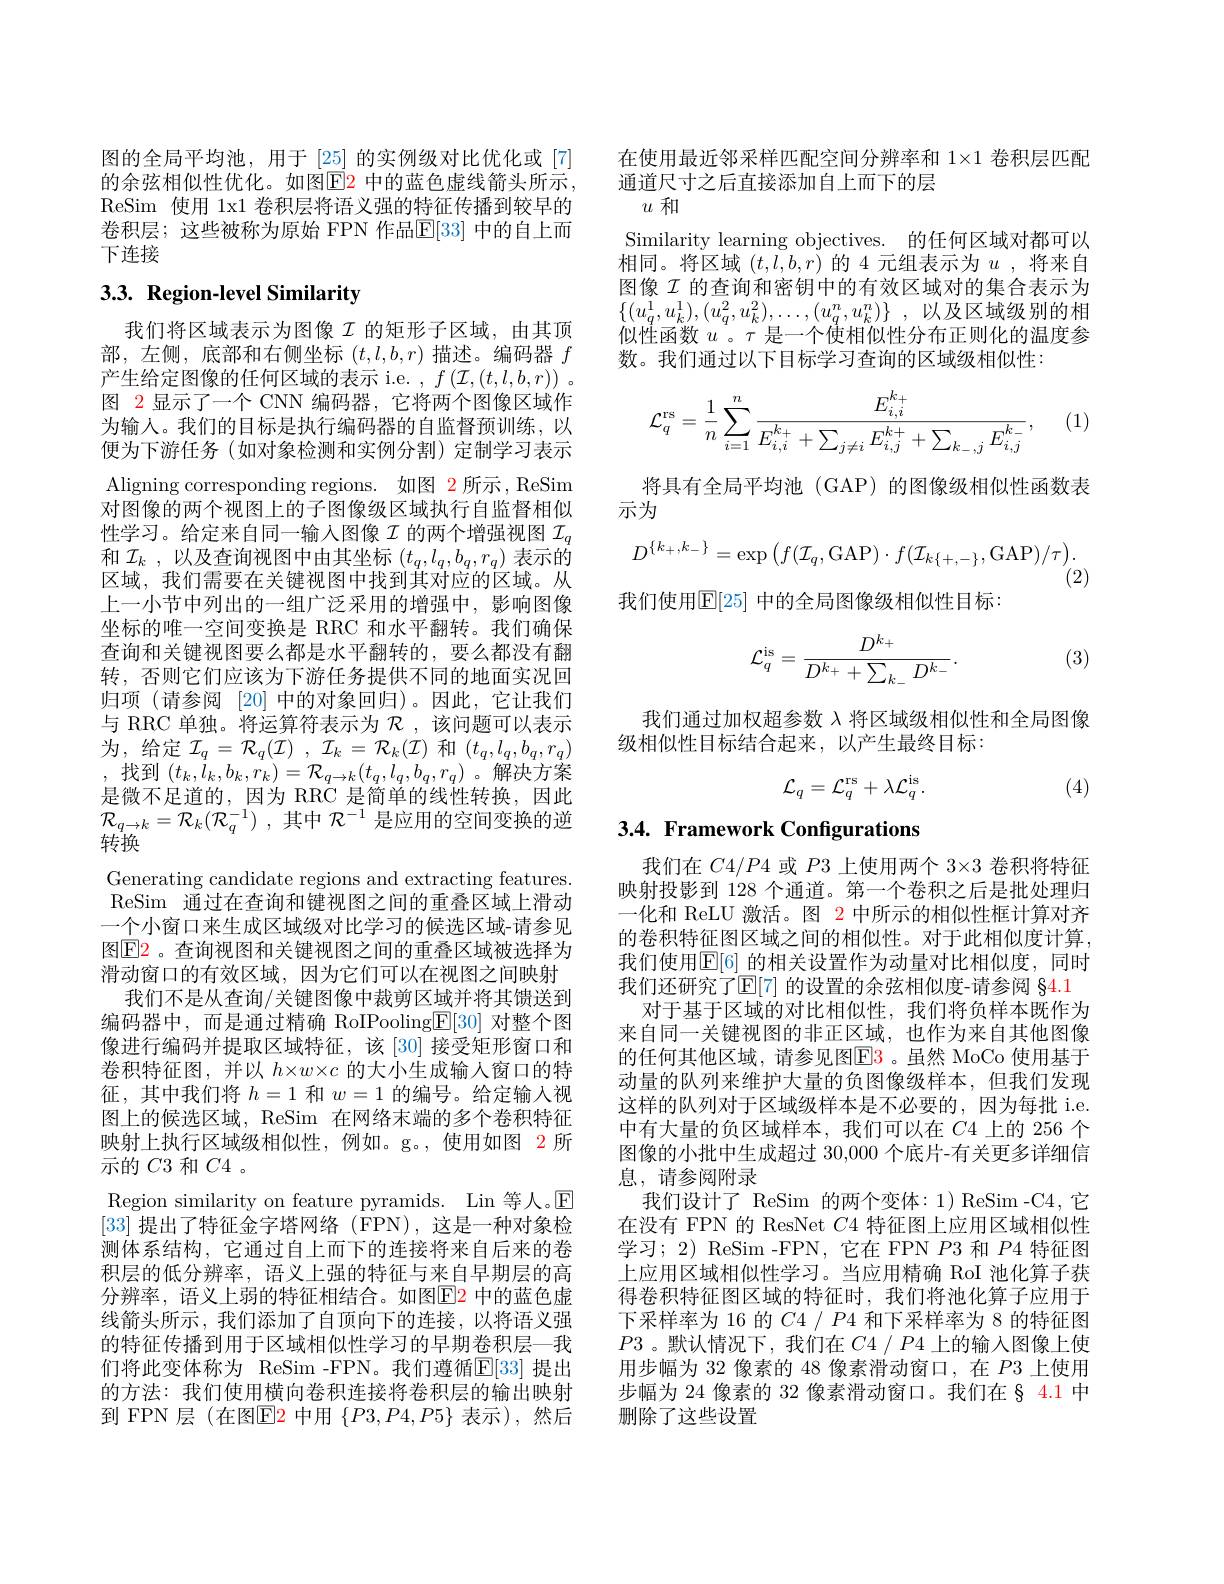
图的全局平均池，用于[25]的实例级对比优化或 [7] 的余弦相似性优化。如图$\color{red}{\mathrm{E}}\color{blue}{\mathrm{2}}$ 中的蓝色虚线箭头所示， ReSim 使用 1x1 卷积层将语义强的特征传播到较早的卷积层；这些被称为原始 FPN 作品$\mathbb{E}[33]$ 中的自上而下连接

# 3.3. Region-level Similarity

我们将区域表示为图像$I$ 的矩形子区域，由其顶部，左侧，底部和右侧坐标$(t,l,b,r)$描述。编码器$f$ 产生给定图像的任何区域的表示 i.e. $,f\left(\mathcal{I},\left(t,l,b,r\right)\right)$。图 2显示了一个 CNN 编码器，它将两个图像区域作为输入。我们的目标是执行编码器的自监督预训练，以便为下游任务(如对象检测和实例分割)定制学习表示Aligning corresponding regions. 如图 $\color{red}{2}$所示，ReSim 对图像的两个视图上的子图像级区域执行自监督相似性学习。给定来自同一输入图像$\mathcal{I}$ 的两个增强视图 $\mathcal{I}_q$ 和$\mathcal{I} _k$ ,以及查询视图中由其坐标$(t_q,l_q,b_q,r_q)$表示的区域，我们需要在关键视图中找到其对应的区域。从上一小节中列出的一组广泛采用的增强中，影响图像坐标的唯一空间变换是 RRC 和水平翻转。我们确保查询和关键视图要么都是水平翻转的，要么都没有翻转，否则它们应该为下游任务提供不同的地面实况回归项(请参阅[20]中的对象回归)。因此，它让我们与 RRC 单独。将运算符表示为$\mathcal{R}$ ,该问题可以表示为，给定$\mathcal{I} _q= \mathcal{R} _q( \mathcal{I} )$ $, \mathcal{I} _k= \mathcal{R} _k( \mathcal{I} )$和$(t_q,l_q,b_q,r_q)$ ,找到$(t_k,i_k,b_k,r_k)=\mathcal{R}_{q\rightarrow k}(t_q,l_q,b_q,r_q)$。解决方案是微不足道的，因为 RRC 是简单的线性转换，因此$\mathcal{R} _{q\rightarrow k}= \mathcal{R} _k( \mathcal{R} _q^{- 1})$ ,其中$\mathcal{R}^-1$是应用的空间变换的逆$\dot{\text{转换}}$
Generating candidate regions and extracting features. ReSim 通过在查询和键视图之间的重叠区域上滑动一个小窗口来生成区域级对比学习的候选区域-请参见图$\color{red}{\mathrm{E}}\color{red}{2}$。查询视图和关键视图之间的重叠区域被选择为滑动窗口的有效区域，因为它们可以在视图之间映射
我们不是从查询/关键图像中裁剪区域并将其馈送到编码器中，而是通过精确 RoIPooling$\underline{\mathbb{E}}[30]$对整个图像进行编码并提取区域特征，该[30]接受矩形窗口和卷积特征图，并以$h\times w\times c$的大小生成输入窗口的特征，其中我们将$h=1$和$w=1$的编号。给定输入视图上的候选区域，ReSim 在网络末端的多个卷积特征映射上执行区域级相似性，例如。g。,使用如图 2 所示的$C3$和$C4$ 。
Region similarity on feature pyramids. Lin 等人。$\mathbb{E}$ [33]提出了特征金字塔网络 (FPN),这是一种对象检测体系结构，它通过自上而下的连接将来自后来的卷积层的低分辨率，语义上强的特征与来自早期层的高分辨率，语义上弱的特征相结合。如图$\color{red}{\mathrm{E}}$2 中的蓝色虚线箭头所示，我们添加了自顶向下的连接，以将语义强的特征传播到用于区域相似性学习的早期卷积层一我们将此变体称为 ReSim -FPN。我们遵循$\mathbb{E}[33]$ 提出的方法：我们使用横向卷积连接将卷积层的输出映射到 FPN 层 (在图E2中用$\{P3,P4,P5\}$表示),然后

在使用最近邻采样匹配空间分辨率和 1×1 卷积层匹配
通道尺寸之后直接添加自上而下的层
$u$和
Similarity learning objectives. 的任何区域对都可以相同。将区域$(t,l,b,r)$的 4 元组表示为$u$ ,将来自图像$\mathcal{I}$的查询和密钥中的有效区域对的集合表示为$\{ ( u_q^1, u_k^1) , ( u_q^2, u_k^2) , \ldots , ( u_q^n, u_k^n) \}$ ,以及区域级别的相似性函数$u$ 。$\tau$是一个使相似性分布正则化的温度参数。我们通过以下目标学习查询的区域级相似性：
$$\mathcal{L}_{q}^{\mathrm{rs}}=\frac{1}{n}\sum_{i=1}^{n}\frac{E_{i,i}^{k_{+}}}{E_{i,i}^{k_{+}}+\sum_{j\neq i}E_{i,j}^{k+}+\sum_{k_{-},j}E_{i,j}^{k_{-}}},$$
(1)

将具有全局平均池(GAP)的图像级相似性函数表
示为
$$D^{\{k_{+},k_{-}\}}=\exp\left(f(\mathcal{I}_{q},\mathrm{GAP})\cdot f(\mathcal{I}_{k\{+,-\}},\mathrm{GAP})/\tau\right).$$
(2)
我们使用$\overline{\mathbb{E}}[25]$ 中的全局图像级相似性目标：
$$\mathcal{L}_{q}^{\mathrm{is}}=\frac{D^{k_{+}}}{D^{k_{+}}+\sum_{k_{-}}D^{k_{-}}}.$$
(3)

我们通过加权超参数$\lambda$将区域级相似性和全局图像
级相似性目标结合起来，以产生最终目标：

(4)
$$\mathcal{L}_{q}=\mathcal{L}_{q}^{\mathrm{rs}}+\lambda\mathcal{L}_{q}^{\mathrm{is}}.$$
## 3.4. Framework Configurations

我们在$C4/P4$或$P3$上使用两个$3\times3$卷积将特征映射投影到 128 个通道。第一个卷积之后是批处理归一化和 ReLU 激活。图 2 中所示的相似性框计算对齐的卷积特征图区域之间的相似性。对于此相似度计算， 我们使用$\mathbb{E}[6]$ 的相关设置作为动量对比相似度，同时我们还研究了$\operatorname{E}[7]$ 的设置的余弦相似度-请参阅 §4.1
对于基于区域的对比相似性，我们将负样本既作为来自同一关键视图的非正区域，也作为来自其他图像的任何其他区域，请参见图E3。虽然 MoCo 使用基于动量的队列来维护大量的负图像级样本，但我们发现这样的队列对于区域级样本是不必要的，因为每批 i.e. 中有大量的负区域样本，我们可以在$C$4 上的 256 个图像的小批中生成超过 30,000 个底片-有关更多详细信息，请参阅附录
我们设计了 ReSim 的两个变体：1) ReSim -C4,它在没有 FPN 的 ResNet $C$4 特征图上应用区域相似性学习；2) ReSim -FPN, 它在 FPN $P3$和$P4$特征图上应用区域相似性学习。当应用精确 RoI 池化算子获得卷积特征图区域的特征时，我们将池化算子应用于下采样率为 16 的$C4/P4$和下采样率为 8 的特征图$P3$。默认情况下，我们在$C4/P4$上的输入图像上使用步幅为 32 像素的 48 像素滑动窗口，在$P3$上使用步幅为 24 像素的 32 像素滑动窗口。我们在§ 4.1 中删除了这些设置